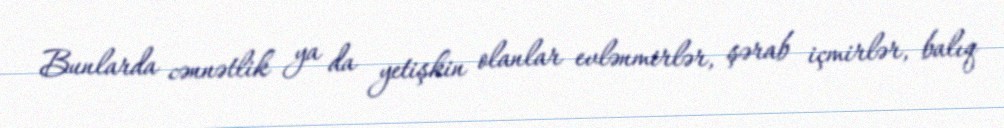
Bunlarda cənnətlik ya da yetişkin olanlar evlənmirlər, şərab içmirlər, balıq